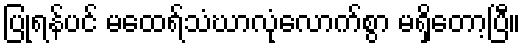
ပြုရန်ပင် မထေရ်သံဃာလုံလောက်စွာ မရှိတော့ပြီ။